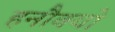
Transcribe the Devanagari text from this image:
हनौक्यो